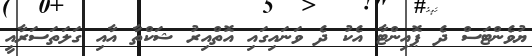
ޔުވެންޓަސް ދެ ޕޮއިންޓާ އެކު ދެ ވަނައިގައި އޮތްއިރު ޝަކްތާ އާއި ގަލަތަސަރާއީ